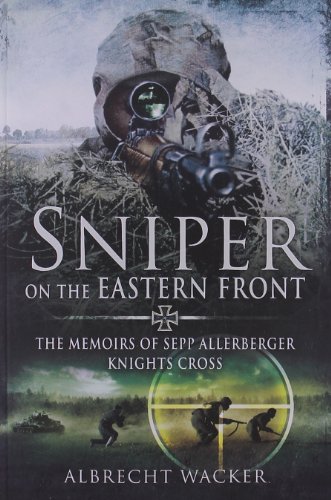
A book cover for Sniper on the Eastern Front: The Memoirs of Sepp Allerberger, Knight's Cross; Albrecht Wacker; History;